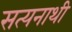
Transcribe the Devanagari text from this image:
सत्यनाथी